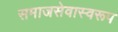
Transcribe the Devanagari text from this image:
समाजसेवास्वरूप